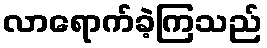
လာရောက်ခဲ့ကြသည်